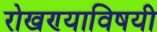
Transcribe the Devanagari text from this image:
रोखण्याविषयी